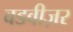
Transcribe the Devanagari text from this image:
बडवीज़र